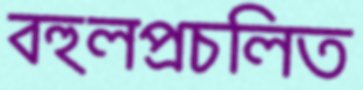
বহুলপ্রচলিত